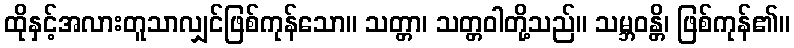
ထိုနှင့်အလားတူသာလျှင်ဖြစ်ကုန်သော။ သတ္တာ၊ သတ္တဝါတို့သည်။ သမ္ဘဝန္တိ၊ ဖြစ်ကုန်၏။